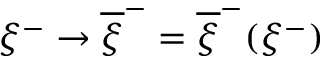
\xi ^ { - } \rightarrow \overline { { { \xi } } } ^ { - } = \overline { { { \xi } } } ^ { - } ( \xi ^ { - } )